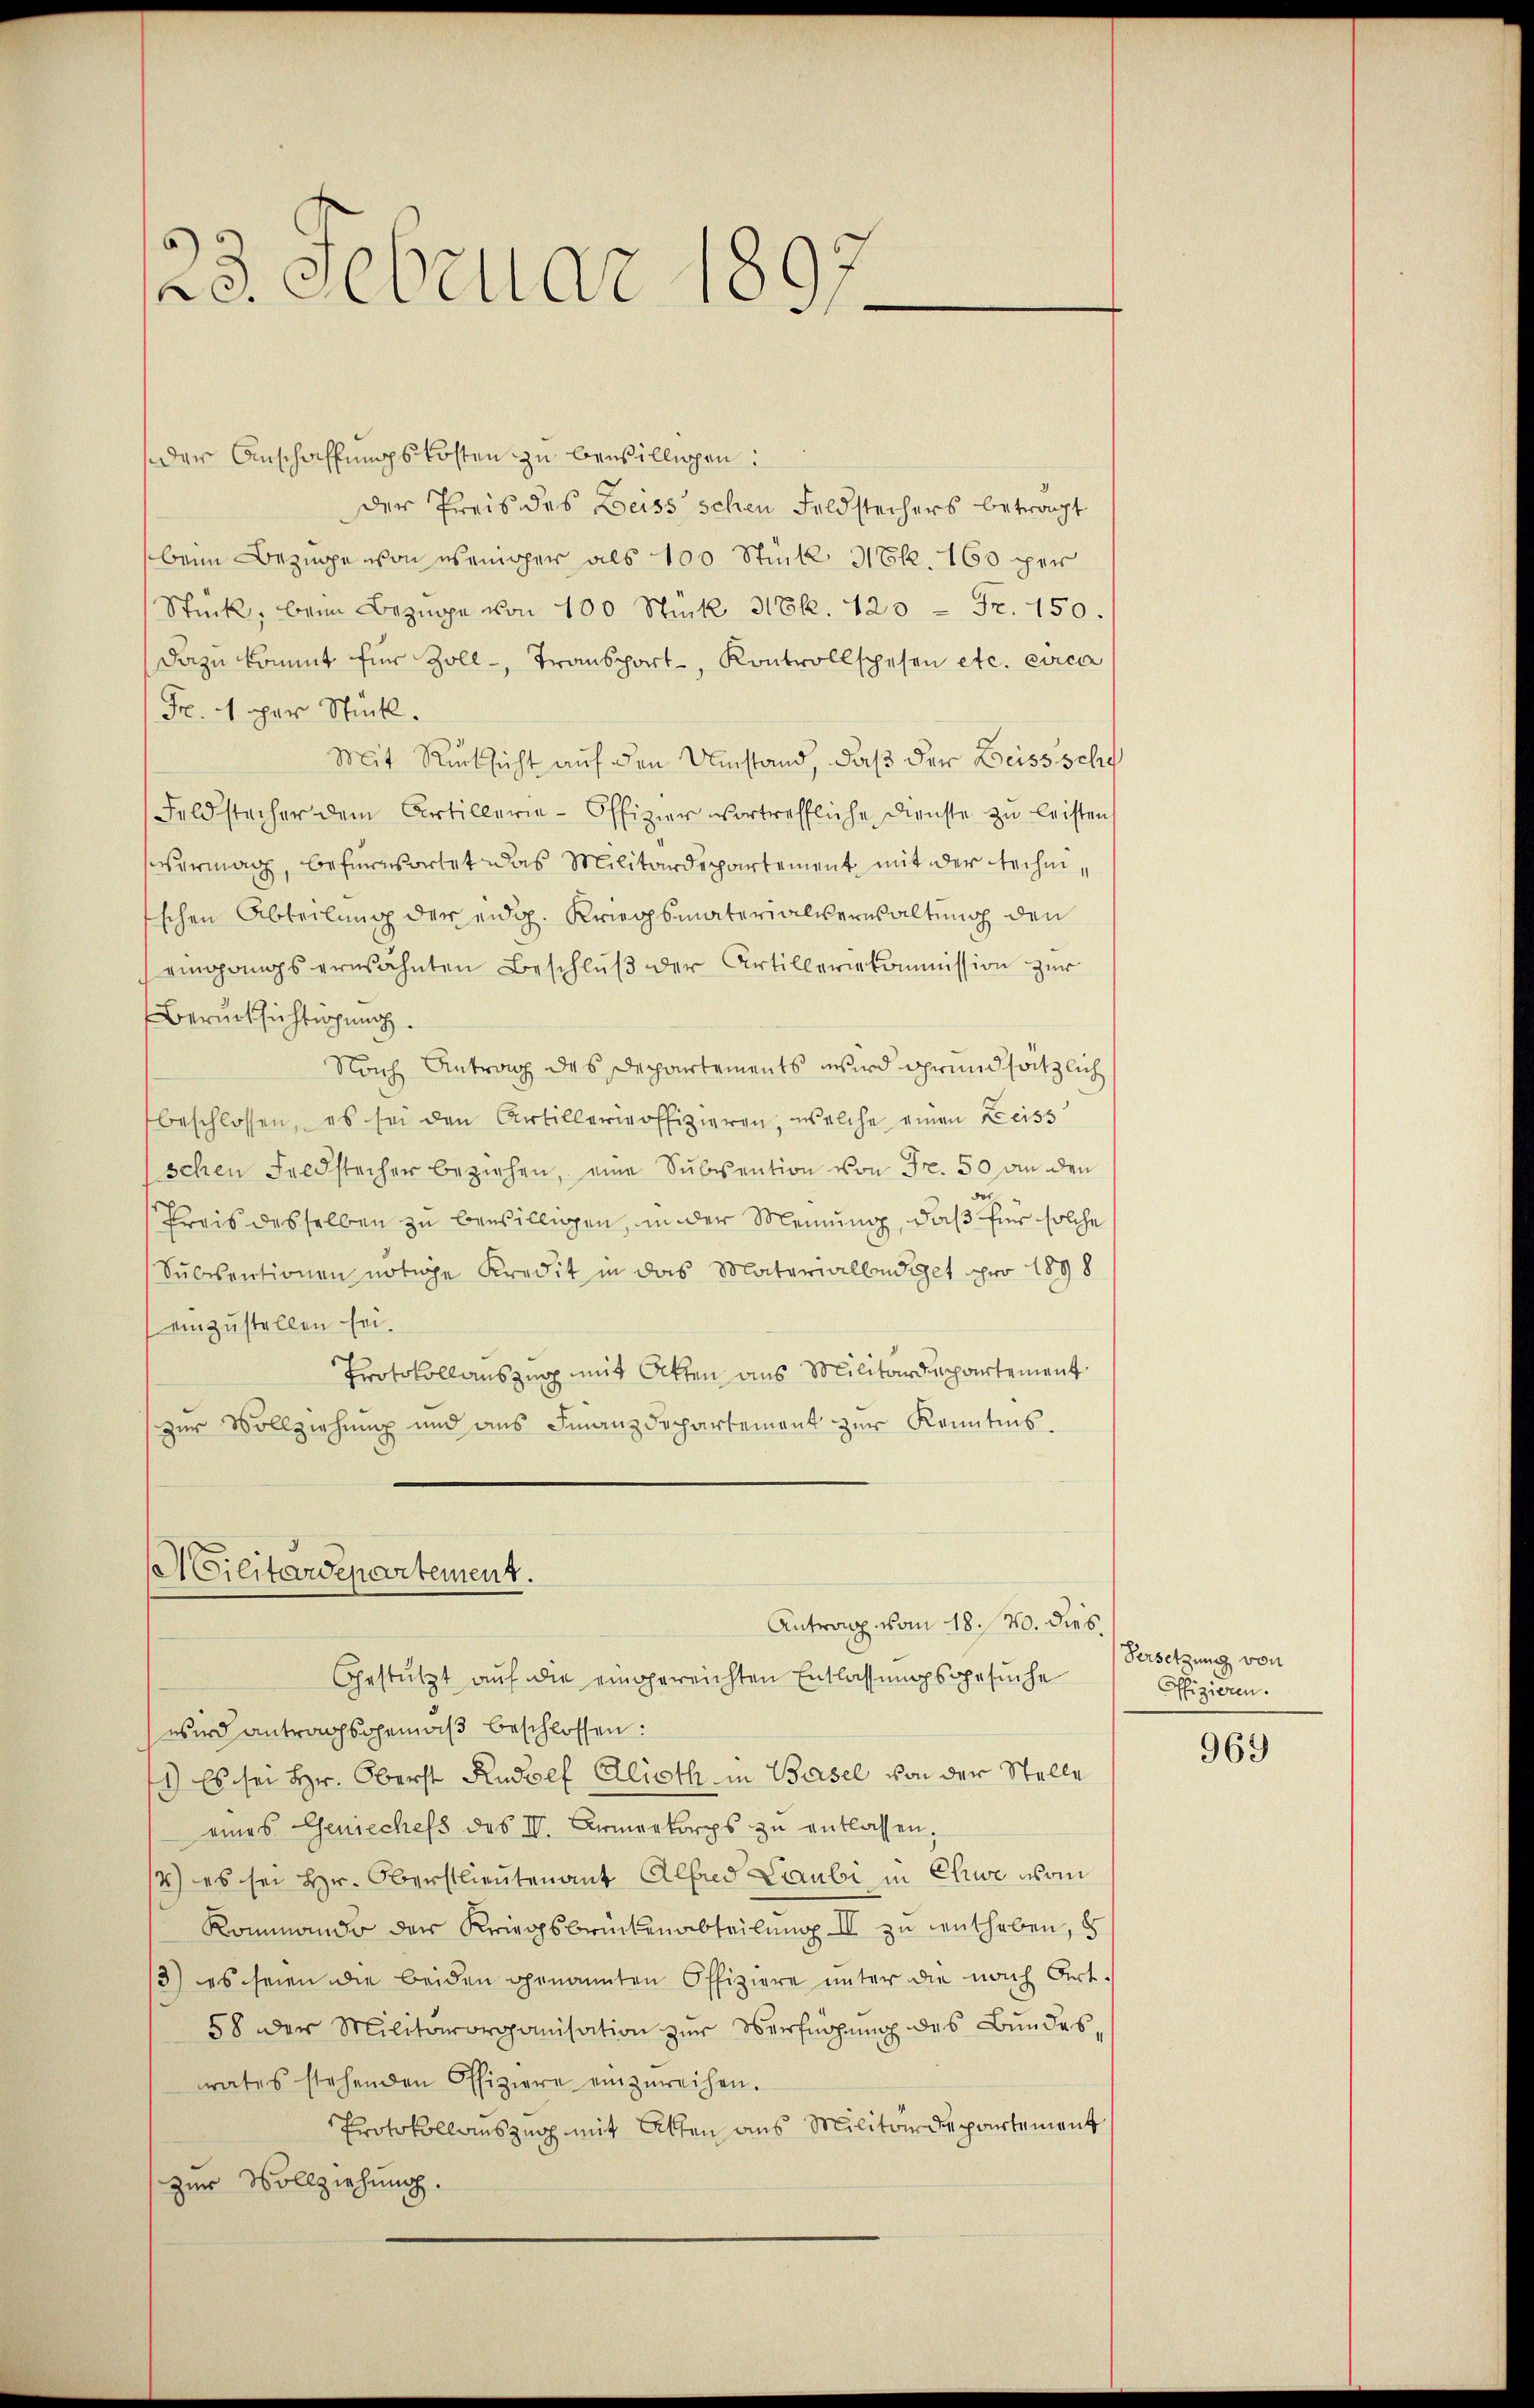
23. Februar 180
—

der Anschaffungskosten zu bewilligen:
der Preis des Beiss schen Foldstechers betracht
beim Bezinge von weniger als 100 Stück NEk. 160 per
Stück, beim Bezipe von 100 Stück 38k. 120 = Fr. 150.
dazu kommt für Zoll-, Transport, Kontrollspesen etc. circa
Fr. 1 per Stück.
Mit Rücksicht auf den Umstand, daß der Beissschu
Feldstacher dem Artillerie-Offizier vortreffliche Dienste zu leisten,
ermag, befürwortet das Militärdepartement mit der technischen Abteilung der eidg. Kriegsmaterialverwaltung den
emngangs erwähnten Beschluß der Artilleriekommission zur
Berücksichtigung.
Nach Antrag des Departements wird grundsätzlich
beschlossen, es sei den Artillerieoffizieren, welche einen Kreiss
schen Feldstecher beziehen, eine Subvention von Fr. 50 an den
Preis desselben zu bewilligen, in der Meinung, daß für solche
Subventionen nötige Kredit in das Materiallendiget pro 1898
einzustellen sei.
Protokollauszug mit Atten aus Militärdepartement
zur Vollziehung und ans Finanzdepartement zŭr Kenntnis.

Militärdepartement.

Gestützt aŭf die eingereichten Entlassungsgesuche
wird antragsgemäß beschlossen:
1) Es sei Hr. Oberst Rudolf Alioth in Basel von der Stelle
eines Geniechefs des IV. Armeekorps zu entlassen,
/2) es sei Hr. Oberstlieutenant Alfred Laubi in Chiwe vom
Rommando der Kriegsbrückenabteilung II zu entheben, d
/3) es seien die beiden genannten Offiziere unter die nach Art.
58 der Militärorganisation zur Verfügung des Bundesrates stehenden Offiziere einzureihen.
Protokollauszug mit Alten aus Militärdepartement
zur Vollziehung.

Antrag vom 18. No. dies

Versetzung von
Offizieren.

969